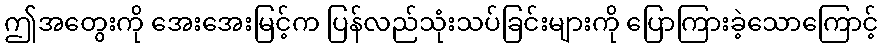
ဤအတွေးကို အေးအေးမြင့်က ပြန်လည်သုံးသပ်ခြင်းများကို ပြောကြားခဲ့သောကြောင့်